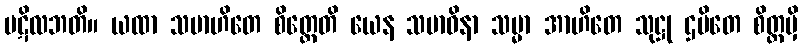
ပဋိလဘတိ။ ယထာ သမာဟိတေ စိတ္တေတိ ယေန သမာဓိနာ သမ္မာ အာဟိတေ သုဋ္ဌု ဌပိတေ စိတ္တမှိ